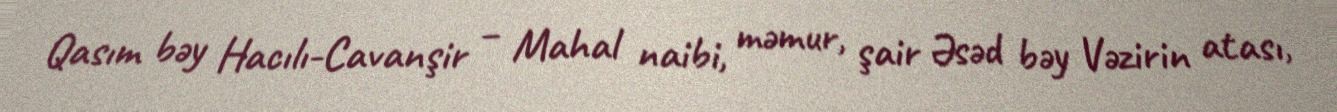
Qasım bəy Hacılı-Cavanşir – Mahal naibi, məmur, şair Əsəd bəy Vəzirin atası,